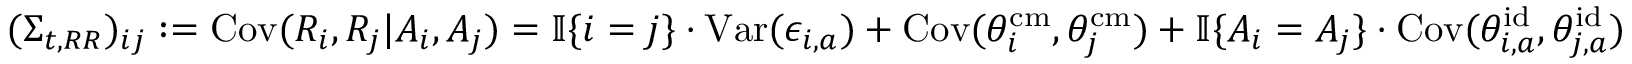
( \Sigma _ { t , R R } ) _ { i j } : = \mathrm { C o v } ( R _ { i } , R _ { j } | A _ { i } , A _ { j } ) = \mathbb { I } \{ i = j \} \cdot \mathrm { V a r } ( \epsilon _ { i , a } ) + \mathrm { C o v } ( \theta _ { i } ^ { \mathrm { c m } } , \theta _ { j } ^ { \mathrm { c m } } ) + \mathbb { I } \{ A _ { i } = A _ { j } \} \cdot \mathrm { C o v } ( \theta _ { i , a } ^ { \mathrm { i d } } , \theta _ { j , a } ^ { \mathrm { i d } } )